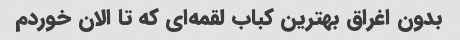
بدون اغراق بهترین کباب لقمه‌ای که تا الان خوردم